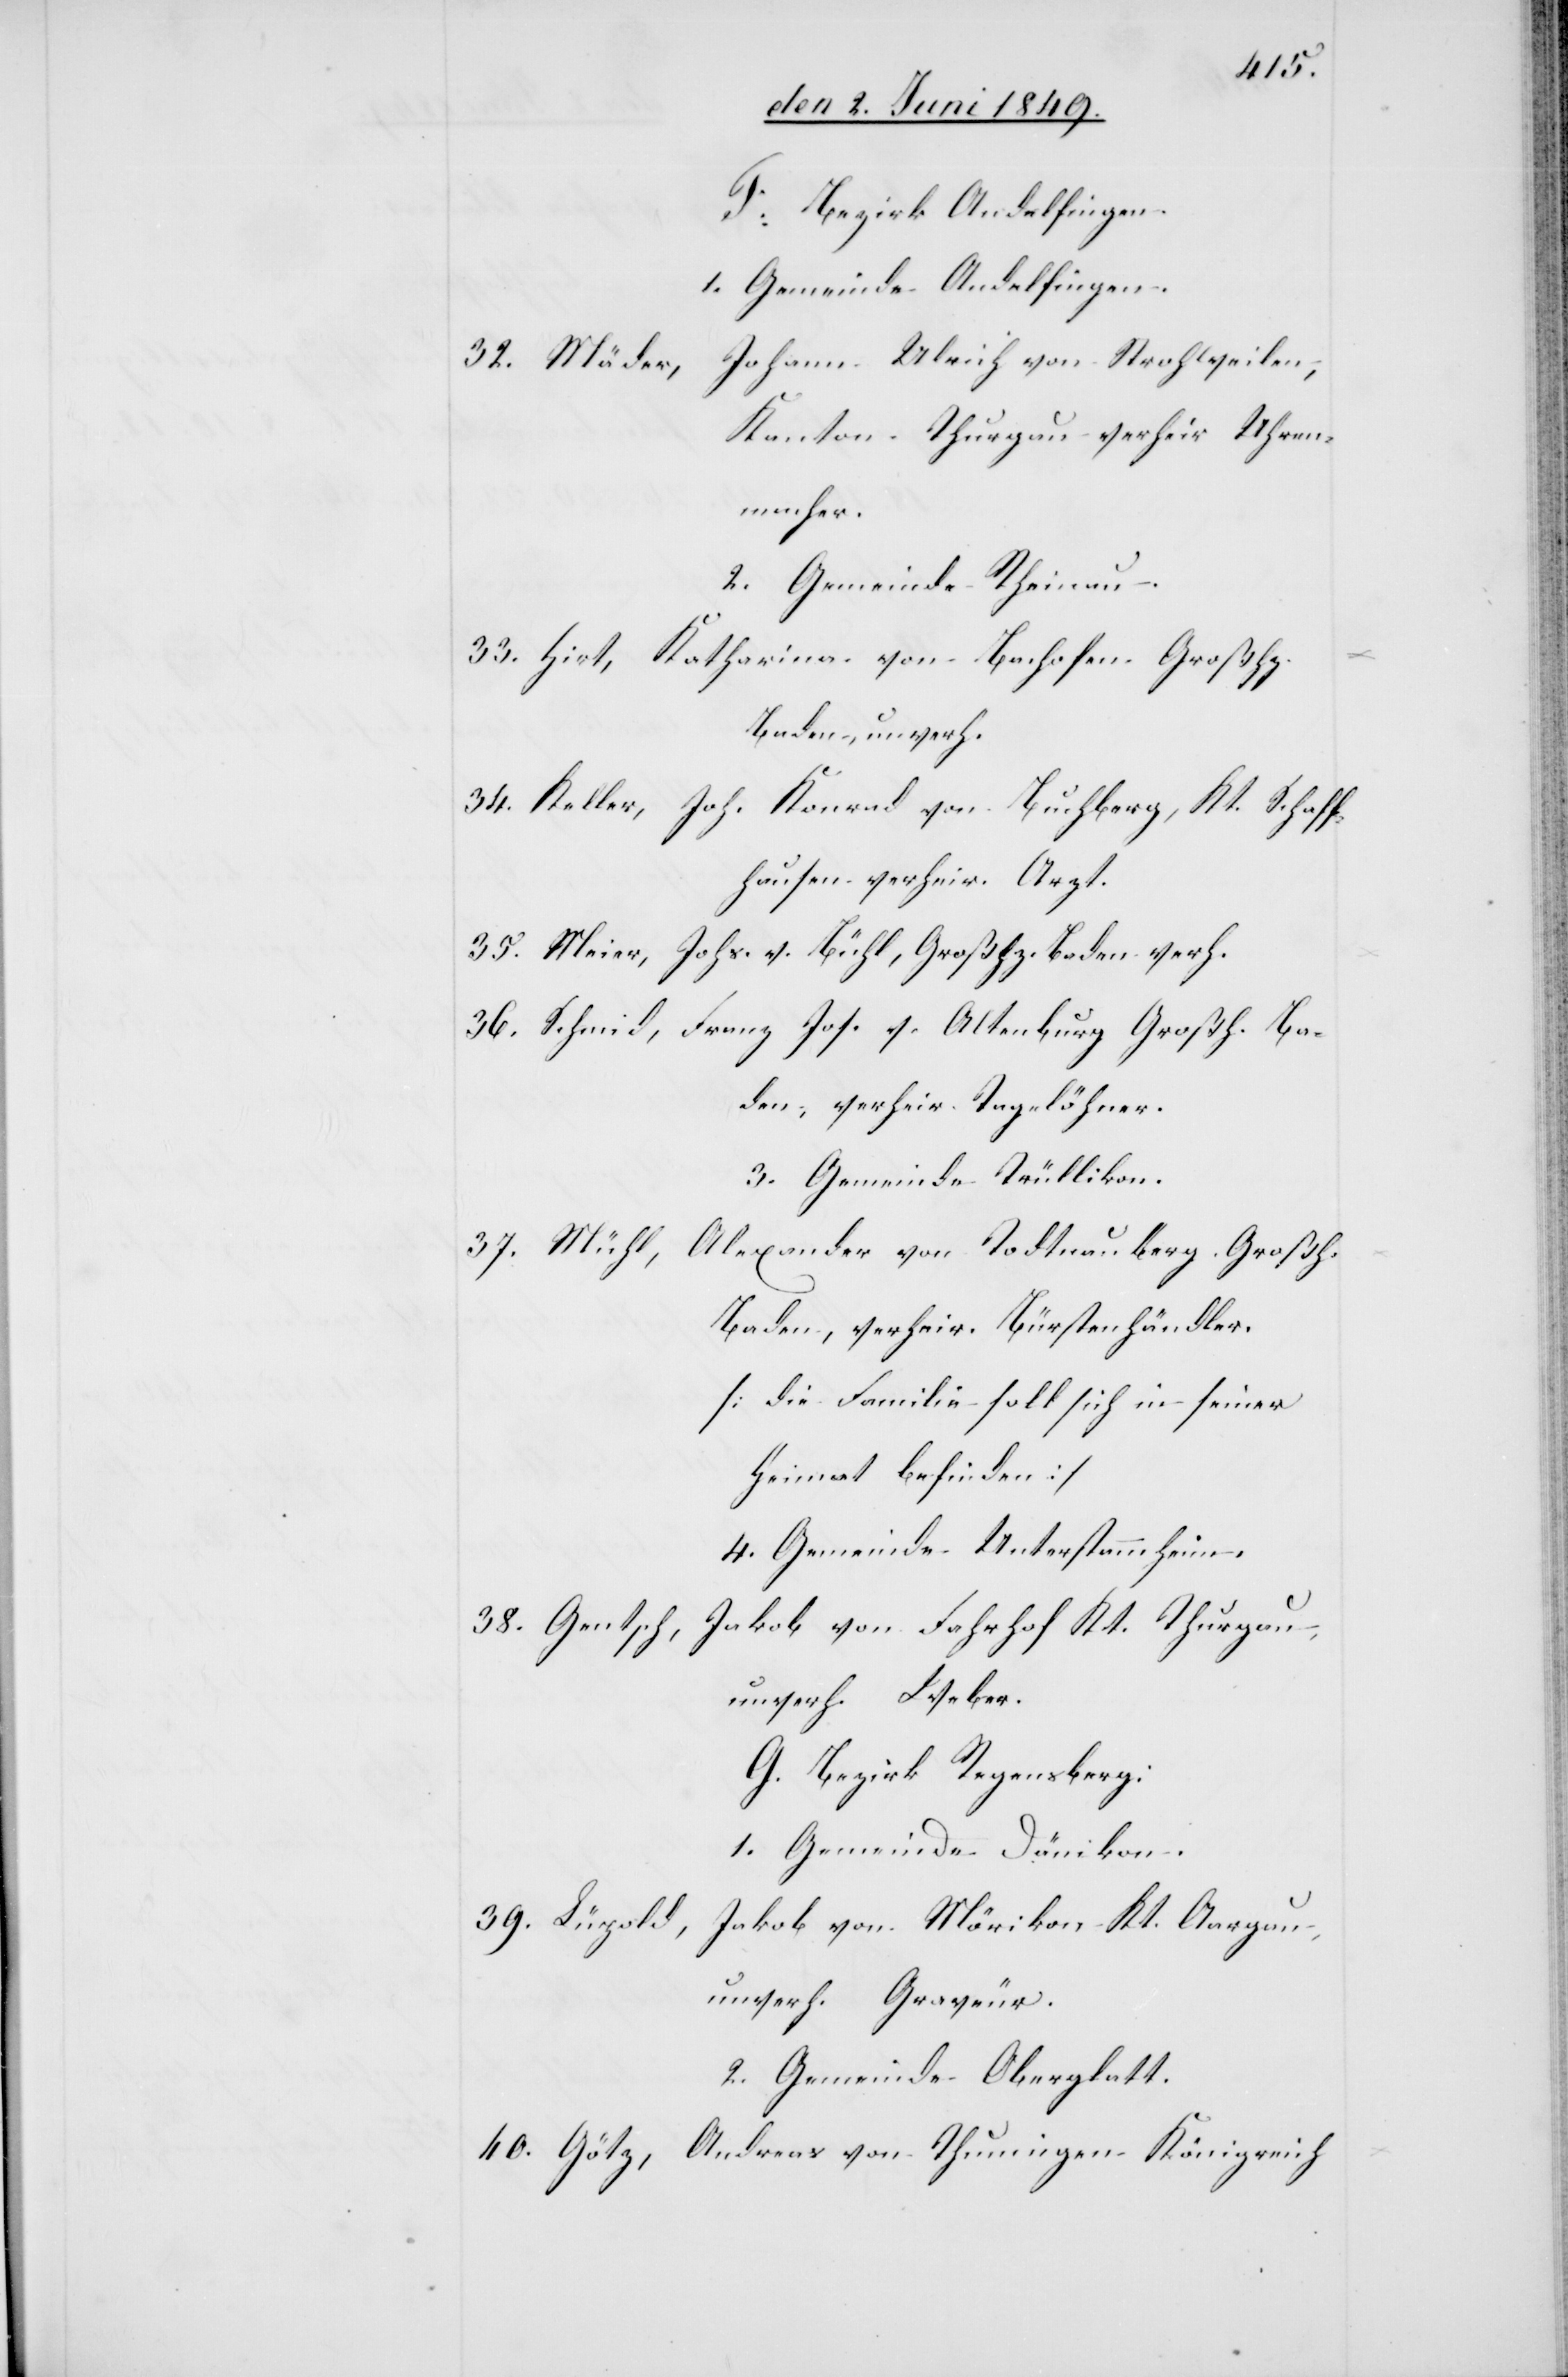
F. Bezirk Andelfingen.
1. Gemeinde Andelfingen.
Johann Ulrich von Strohweilen,
32. Mäder,
Kanton Thurgau verheir. Uhren¬
macher.
2. Gemeinde Rheinau.
33. Hirt, Katharina von Bachofen Großh.
Baden, unverh.
34. Keller,
Joh. Konrad von Buchberg, Kt. Schaff¬
hausen verheir. Arzt.
35. Meier, Johs. v. Bühl, Großhtz. Baden verh.
36. Schmid, Franz Jos. v. Altenburg Großh. Ba¬
den, verheir. Tagelöhner.
3. Gemeinde Trüllikon.
37. Mühl, Alexander von Todtnauberg, Großh.
Baden, verheir. Bürstenhändler.
[die Familie soll sich in seiner
Heimat befinden]
4. Gemeinde Unterstammheim.
Jakob von Fahrhof Kt. Thurgau,
38. Gentsch,
unverh. Weber.
G. Bezirk Regensberg:
1. Gemeinde Dänikon.
39. Lüpold, Jakob von Mörikon Kt. Aargau,
unverh. Graveur.
2. Gemeinde Oberglatt.
40. Götz, Andreas von Thuningen Königreich